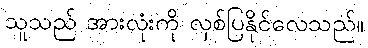
သူသည် အားလုံးကို လှစ်ပြနိုင်လေသည်။